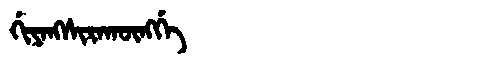
Manchu: ᡤᡳᠶᠠᠩᠰᡳᡵᠠᡴᡡᠩᡤᡝ
Romanization: GIYANGSIRAKŪNGGE